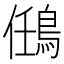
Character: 𪀼